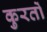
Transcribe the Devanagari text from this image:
कुरतों